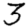
Digit: 3